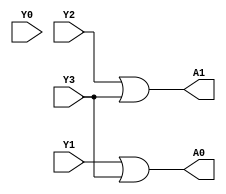
module enocders(Y3,Y2,Y1,Y0,A1,A0);
    
    input Y3,Y2,Y1,Y0;
    output A1,A0;


    assign A1 = Y2 | Y3;
    assign A0 = Y1 | Y3;

    
endmodule